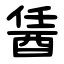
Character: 䣸